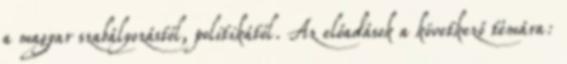
a magyar szabályozástól, politikától. Az előadások a következő témára: